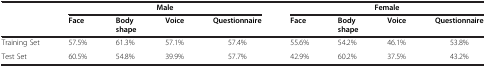
<table><thead><tr><td><b> </b></td><td colspan="4"><b>Male</b></td><td colspan="4"><b>Female</b></td></tr><tr><td><b> </b></td><td><b>Face</b></td><td><b>Body shape</b></td><td><b>Voice</b></td><td><b>Questionnaire</b></td><td><b>Face</b></td><td><b>Body shape</b></td><td><b>Voice</b></td><td><b>Questionnaire</b></td></tr></thead><tbody><tr><td>Training Set</td><td>57.5%</td><td>61.3%</td><td>57.1%</td><td>57.4%</td><td>55.6%</td><td>54.2%</td><td>46.1%</td><td>53.8%</td></tr><tr><td>Test Set</td><td>60.5%</td><td>54.8%</td><td>39.9%</td><td>57.7%</td><td>42.9%</td><td>60.2%</td><td>37.5%</td><td>43.2%</td></tr></tbody></table>